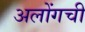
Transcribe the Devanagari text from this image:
अलोंगची